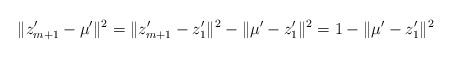
\begin{align*}\|z'_{m+1} - \mu'\|^2 = \|z'_{m+1} - z'_1\|^2 - \|\mu' - z'_1\|^2 = 1 - \|\mu' - z'_1\|^2\end{align*}